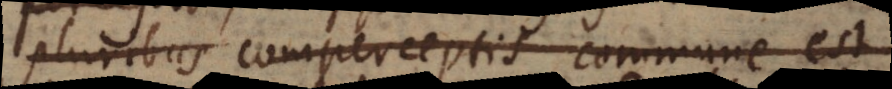
pluribus comperceptis commune est.